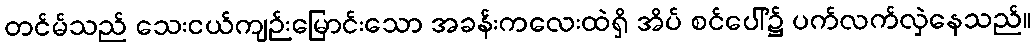
တင်မ်သည် သေးငယ်ကျဉ်းမြောင်းသော အခန်းကလေးထဲရှိ အိပ် စင်ပေါ်၌ ပက်လက်လှဲနေသည်။